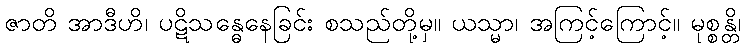
ဇာတိ အာဒီဟိ၊ ပဋိသန္ဓေနေခြင်း စသည်တို့မှ။ ယသ္မာ၊ အကြင့်ကြောင့်။ မုစ္စန္တိ၊